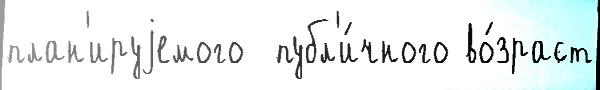
план'ируjемого  публ'и́чного во́зраст